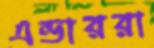
এন্ডাররা